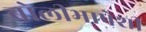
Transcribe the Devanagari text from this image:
बोलीभाषेशी